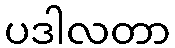
ပဒါလတာ